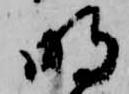
明